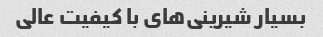
بسیار شیرینی‌های با کیفیت عالی